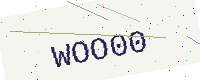
Text: WOO00